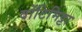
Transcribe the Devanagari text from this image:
वोंटिमिट्टा